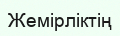
Жемірліктің